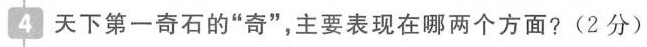
4天下第一奇石的”奇”，主要表现在哪两个方面?(2分)